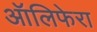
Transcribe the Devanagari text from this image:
ऑलिफेरा